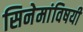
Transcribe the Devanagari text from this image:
सिनेमांविषयी